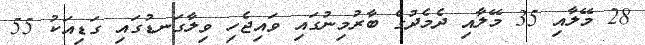
28 މޭލާއި 35 މޭލާއި ދެމެދުގެ ބާރުމިނުގައި ވައިޖެހި ވިލާގަނޑުގައި ގަޑިއަކު 55